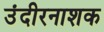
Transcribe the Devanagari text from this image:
उंदीरनाशक